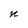
Character: n